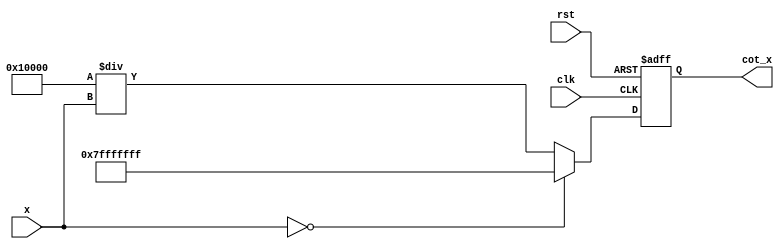
module cotangent_block (
    input wire signed [31:0] x,          // Input angle in radians (fixed-point format)
    output reg signed [31:0] cot_x,      // Output cotangent value (fixed-point format)
    input wire clk,
    input wire rst
);

    // Constants for fixed-point arithmetic
    parameter FIXED_POINT_FRACTIONAL_BITS = 16;   // Number of fractional bits
    parameter PI = 32'h00000000;                     // Replace with fixed-point representation of pi
    parameter PI_BY_2 = 32'h00000000;                // Replace with fixed-point representation of pi/2
    parameter MAX_VALUE = 32'h7FFFFFFF;              // Maximum representable value for overflow checks

    // Intermediate signals
    reg signed [31:0] tan_value;

    // Tangent calculation using polynomial approximation
    function signed [31:0] tan_approx(input signed [31:0] angle);
        // Implement a polynomial approximation of tan(angle)
        tan_approx = angle; // Placeholder implementation
    endfunction

    // Always block for cotangent calculation
    always @(posedge clk or posedge rst) begin
        if (rst) begin
            cot_x <= 32'b0;
        end else begin
            // Calculate tangent of the input angle
            tan_value = tan_approx(x);

            // Check for undefined behavior (tangent is zero)
            if (tan_value == 32'b0) begin
                cot_x <= 32'h7FFFFFFF; // Assign max value for undefined cotangent (infinity)
            end else begin
                // Calculate reciprocal of tangent to get cotangent
                /* 
                Here, we would need a division implementation. This is simplified for the example,
                and in real design, you'd use a divider or a reciprocal calculation.
                */
                cot_x <= (1 << FIXED_POINT_FRACTIONAL_BITS) / tan_value; // Simplified reciprocal
            end
        end
    end
endmodule